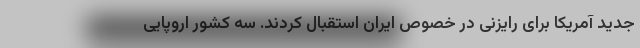
جدید آمریکا برای رایزنی در خصوص ایران استقبال کردند. سه کشور اروپایی